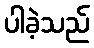
ပါခဲ့သည်